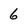
Character: 6